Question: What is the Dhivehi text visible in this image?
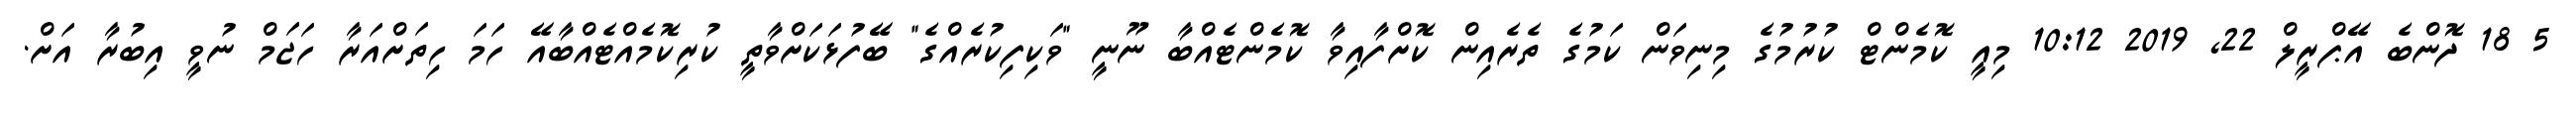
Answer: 5 18 ދޮންބެ އޭޕްރީލް 22, 2019 10:12 މިއީ ކޮމެންޓް ކުރުމުގެ މިނިވަން ކަމުގެ ތެރެއިން ކޮށްފާއިވާ ކޮމެންޓެއްބާ ނޫނީ "ވަކިފިކުރެއްގެ" ބޭފުޅަކަށްވާތީ ކުރިކޮމެއްޓެއްބާއޭ ހަމަ ހިތަށްއަރާ ހަޖަމް ނުވީ އިބުރާ އަށް.